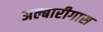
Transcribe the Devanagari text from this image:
अल्बारीगास